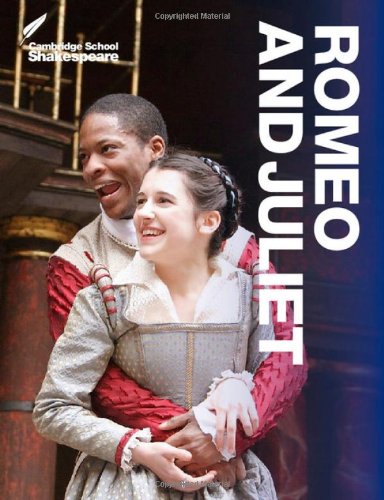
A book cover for Romeo and Juliet (Cambridge School Shakespeare); Rex Gibson; Children's Books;